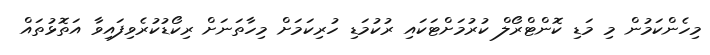
މިހެންކަމުން މި މަޑި ކޮންޓްރޯލް ކުރުމަށްޓަކައި ރުކުމަޑި ހުރިކަމަށް މިހާތަނަށް ރިކޯޑުކުރެވިފައިވާ އަތޮޅުތައް